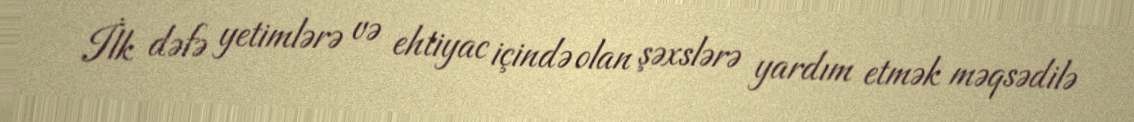
İlk dəfə yetimlərə və ehtiyac içində olan şəxslərə yardım etmək məqsədilə